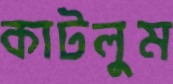
কাটলুম